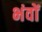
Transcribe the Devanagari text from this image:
भंवों